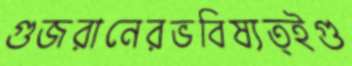
গুজরানেরভবিষ্যত্ইগু